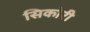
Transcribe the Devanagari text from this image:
सिकोरी